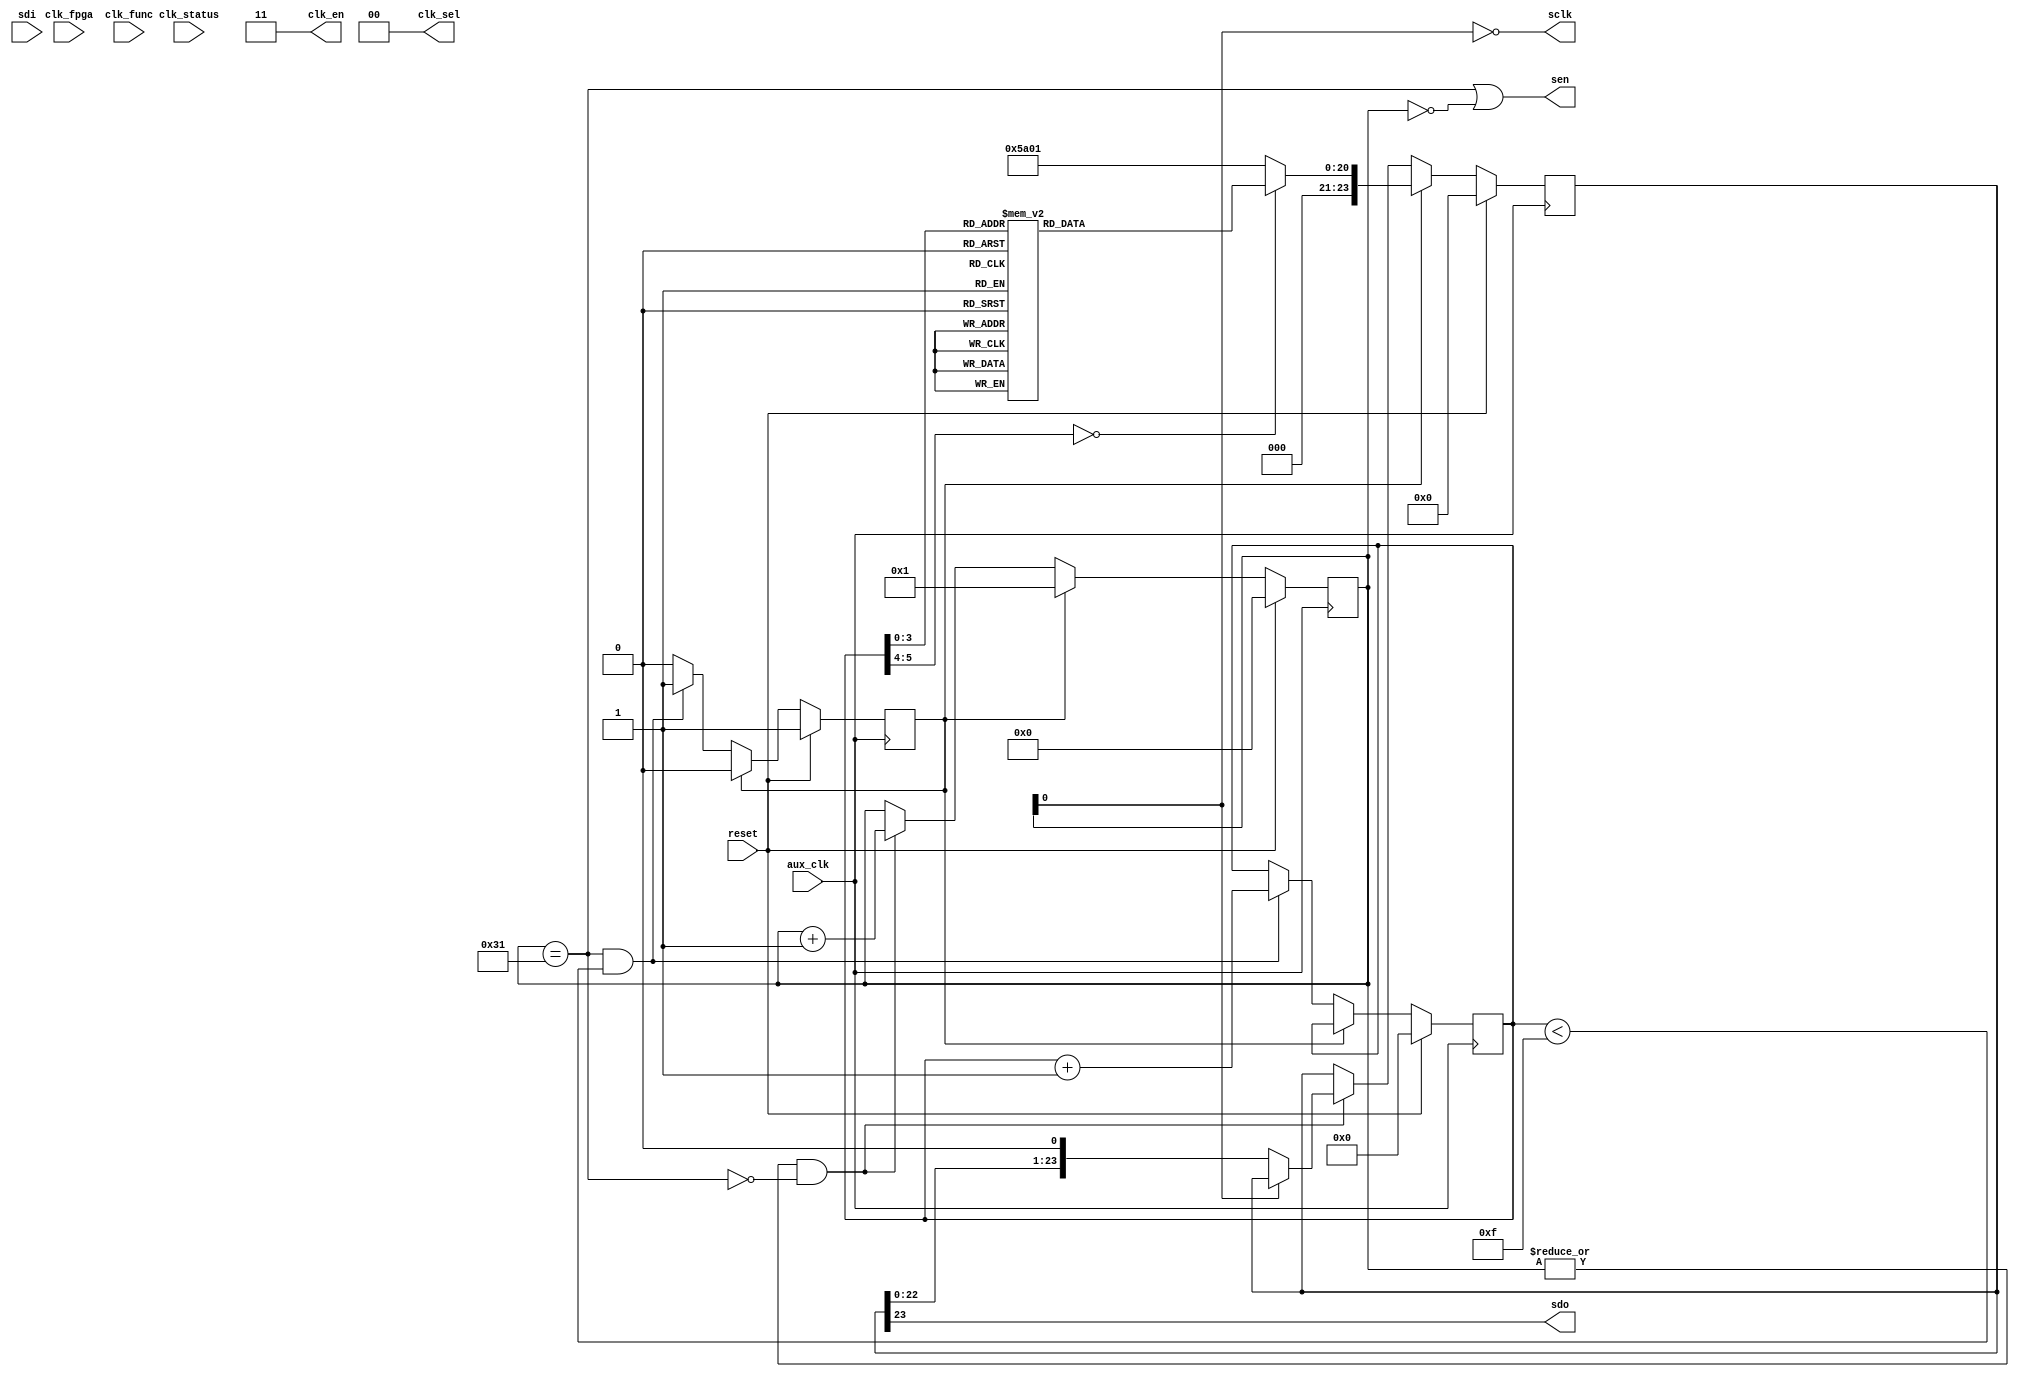
module clock_control
  (input reset,
   input aux_clk,            
   input clk_fpga,           
   output [1:0] clk_en,      
   output [1:0] clk_sel,     
   input clk_func,          
   input clk_status,         
   output sen,        
   output sclk,       
   input sdi,
   output sdo
   );
   wire   read = 1'b0;    
   wire [1:0] w = 2'b00;  
   assign     clk_sel = 2'b00;  
   assign     clk_en = 2'b11;   
   reg [20:0] addr_data;
   reg [5:0]  entry;
   reg 	      start;
   reg [7:0]  counter;
   reg [23:0] command;
   always @*
     case(entry)
       6'd00 : addr_data = {13'h00,8'h10};   
       6'd01 : addr_data = {13'h45,8'h00};   
       6'd02 : addr_data = {13'h3D,8'h80};   
       6'd03 : addr_data = {13'h4B,8'h80};   
       6'd04 : addr_data = {13'h08,8'h47};   
       6'd05 : addr_data = {13'h09,8'h70};   
       6'd06 : addr_data = {13'h0A,8'h04};   
       6'd07 : addr_data = {13'h0B,8'h00};   
       6'd08 : addr_data = {13'h0C,8'h01};   
       6'd09 : addr_data = {13'h0D,8'h00};   
       6'd10 : addr_data = {13'h07,8'h00};	
       6'd11 : addr_data = {13'h04,8'h00};	
       6'd12 : addr_data = {13'h05,8'h00};	
       6'd13 : addr_data = {13'h06,8'h05};   
       default : addr_data = {13'h5A,8'h01}; 
     endcase 
   wire [5:0]  lastentry = 6'd15;
   wire        done = (counter == 8'd49);
   always @(posedge aux_clk)
     if(reset)
       begin
	  entry <= #1 6'd0;
	  start <= #1 1'b1;
       end
     else if(start)
       start <= #1 1'b0;
     else if(done && (entry<lastentry))
       begin
	  entry <= #1 entry + 6'd1;
	  start <= #1 1'b1;
       end
   always @(posedge aux_clk)
     if(reset)
       begin
	  counter <= #1 7'd0;
	  command <= #1 20'd0;
       end
     else if(start)
       begin
	  counter <= #1 7'd1;
	  command <= #1 {read,w,addr_data};
       end
     else if( |counter && ~done )
       begin
	  counter <= #1 counter + 7'd1;
	  if(~counter[0])
	    command <= {command[22:0],1'b0};
       end
   assign sen = (done | counter == 8'd0);  
   assign sclk = ~counter[0];
   assign sdo = command[23];
endmodule